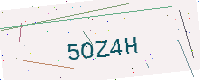
Text: 5OZ4H